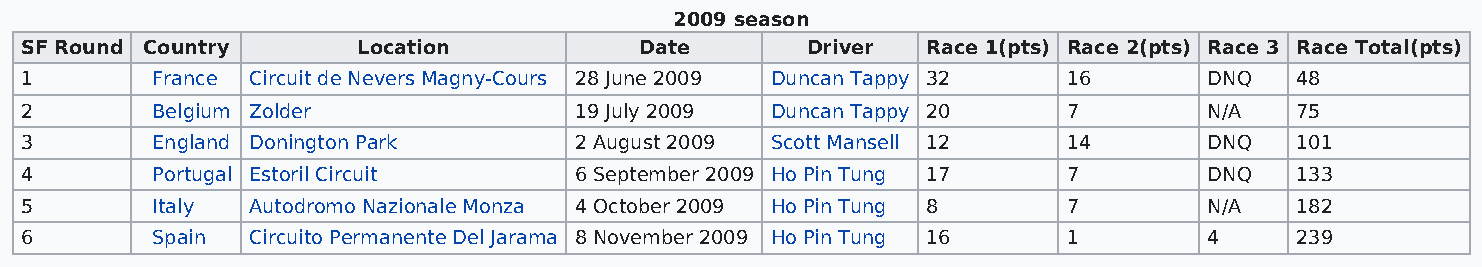
2009 season
 SF Round Country       Location          Date       Driver  Race 1(pts) Race 2(pts) Race 3 Race Total(pts)
 1        France Circuit de Nevers Magny-Cours 28 June 2009 Duncan Tappy 32 16  DNQ   48
 2        Belgium Zolder              19 July 2009 Duncan Tappy 20     7        N/A   75
 3        England Donington Park      2 August 2009 Scott Mansell 12   14       DNQ   101
 4        Portugal Estoril Circuit    6 September 2009 Ho Pin Tung 17  7        DNQ   133
 5        Italy Autodromo Nazionale Monza 4 October 2009 Ho Pin Tung 8 7        N/A   182
 6        Spain Circuito Permanente Del Jarama 8 November 2009 Ho Pin Tung 16 1 4     239